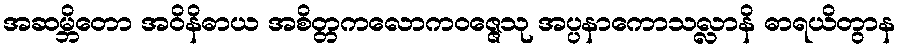
အဆမ္ဘိတော အဝိနိဓာယ အစိတ္တကလောကဝဇ္ဇေသု အပ္ပနာကောသလ္လာနိ ဓာရယိတွာန